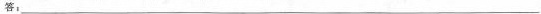
答：___